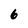
Character: 6